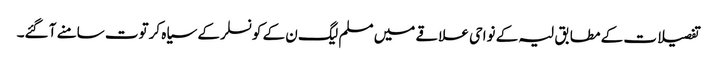
تفصیلات کے مطابق لیہ کے نواحی علاقے میں مسلم لیگ ن کے کونسلر کے سیاہ کرتوت سامنے آ گئے۔